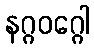
နဂ္ဂဝဂ္ဂေါ